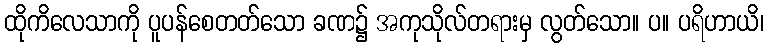
ထိုကိလေသာကို ပူပန်စေတတ်သော ခဏ၌ အကုသိုလ်တရားမှ လွတ်သော။ ပ။ ပရိဟာယိ၊